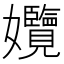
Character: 𡤱